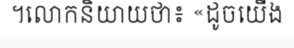
។លោកនិយាយថា៖ «ដូចយើង